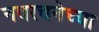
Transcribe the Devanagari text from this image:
नवरचनेच्या